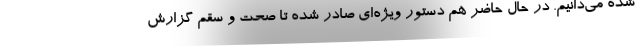
شده می‌دانیم. در حال حاضر هم دستور ویژه‌ای صادر شده تا صحت و سقم گزارش